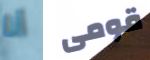
أنا قومى